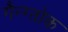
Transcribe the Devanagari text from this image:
गैन्ग्तोक